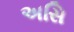
અસિ